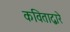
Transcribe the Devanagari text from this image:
कविताद्वारे